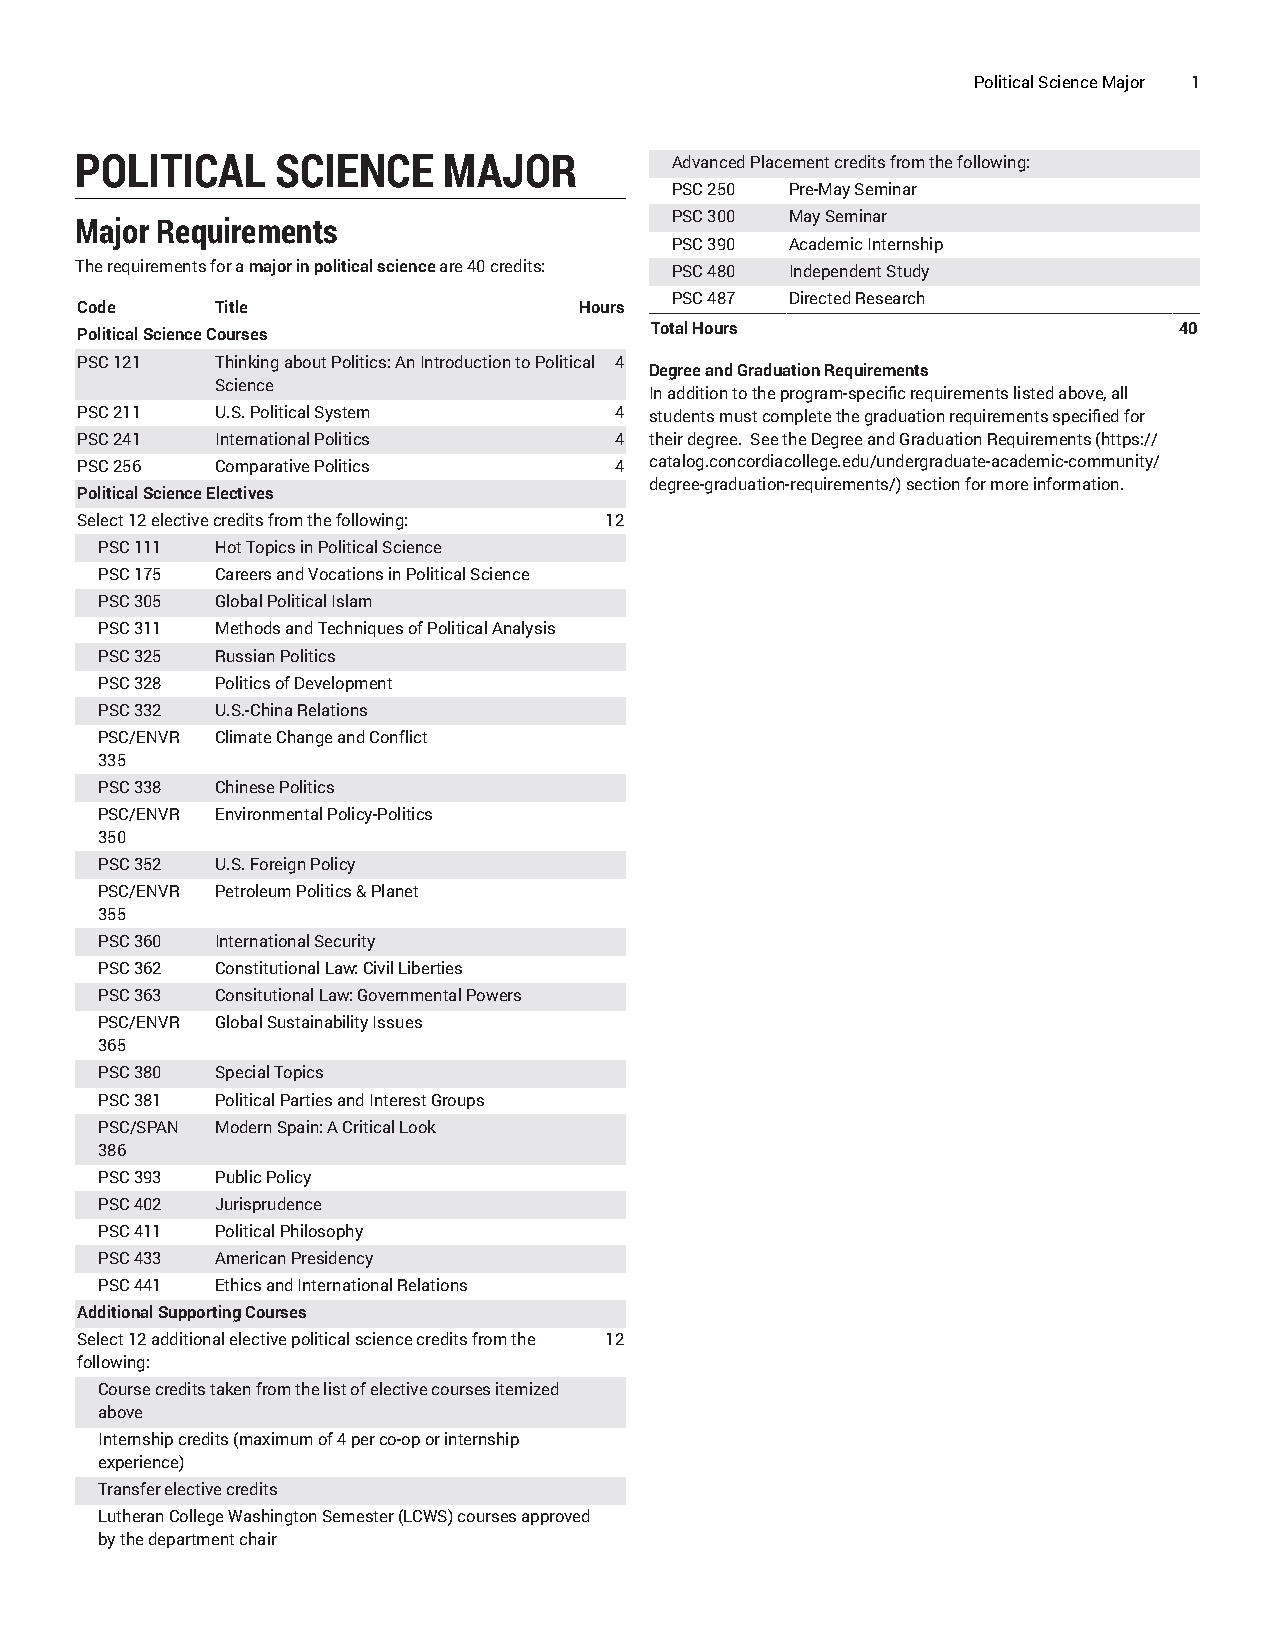
Political Science Major 1
 POLITICAL    SCIENCE    MAJOR          Advanced Placement credits from the following:
 PSC 250 Pre-May Seminar
 PSC 300 May Seminar
 Major Requirements
 PSC 390 Academic Internship
 The requirements for a major in political science are 40 credits: PSC 480 Independent Study
 PSC 487 Directed Research
 Code     Title                   Hours
 Total Hours                        40
 Political Science Courses
 PSC 121  Thinking about Politics: An Introduction to Political 4
 Degree and Graduation Requirements
 Science
 In addition to the program-specific requirements listed above, all
 PSC 211  U.S. Political System      4 students must complete the graduation requirements specified for
 PSC 241  International Politics     4 their degree. See the Degree and Graduation Requirements (https://
 PSC 256  Comparative Politics       4 catalog.concordiacollege.edu/undergraduate-academic-community/
 degree-graduation-requirements/) section for more information.
 Political Science Electives
 Select 12 elective credits from the following: 12
 PSC 111 Hot Topics in Political Science
 PSC 175 Careers and Vocations in Political Science
 PSC 305 Global Political Islam
 PSC 311 Methods and Techniques of Political Analysis
 PSC 325 Russian Politics
 PSC 328 Politics of Development
 PSC 332 U.S.-China Relations
 PSC/ENVR Climate Change and Conflict
 335
 PSC 338 Chinese Politics
 PSC/ENVR Environmental Policy-Politics
 350
 PSC 352 U.S. Foreign Policy
 PSC/ENVR Petroleum Politics & Planet
 355
 PSC 360 International Security
 PSC 362 Constitutional Law: Civil Liberties
 PSC 363 Consitutional Law: Governmental Powers
 PSC/ENVR Global Sustainability Issues
 365
 PSC 380 Special Topics
 PSC 381 Political Parties and Interest Groups
 PSC/SPAN Modern Spain: A Critical Look
 386
 PSC 393 Public Policy
 PSC 402 Jurisprudence
 PSC 411 Political Philosophy
 PSC 433 American Presidency
 PSC 441 Ethics and International Relations
 Additional Supporting Courses
 Select 12 additional elective political science credits from the 12
 following:
 Course credits taken from the list of elective courses itemized
 above
 Internship credits (maximum of 4 per co-op or internship
 experience)
 Transfer elective credits
 Lutheran College Washington Semester (LCWS) courses approved
 by the department chair